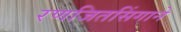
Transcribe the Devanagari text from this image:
रणजितसिंगाने